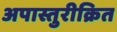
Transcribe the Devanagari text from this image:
अपास्तुरीक्रित